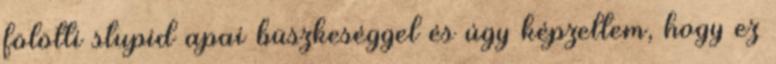
fölötti stupid apai büszkeséggel és úgy képzeltem, hogy ez